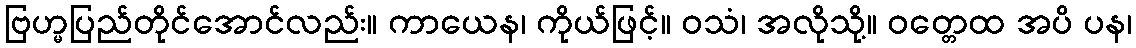
ဗြဟ္မပြည်တိုင်အောင်လည်း။ ကာယေန၊ ကိုယ်ဖြင့်။ ဝသံ၊ အလိုသို့။ ဝတ္တေထ အပိ ပန၊